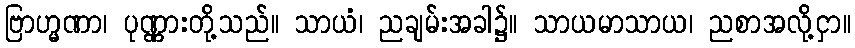
ဗြာဟ္မဏာ၊ ပုဏ္ဏားတို့သည်။ သာယံ၊ ညချမ်းအခါ၌။ သာယမာသာယ၊ ညစာအလို့ငှာ။